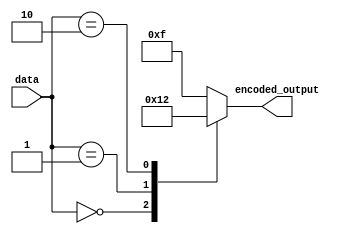
module encoder(input [7:0] data,
                  output reg [3:0] encoded_output);

   always @(*)
   begin
      case(data)
         8'b00000000: encoded_output = 4'b0000;
         8'b00000001: encoded_output = 4'b0001;
         8'b00000010: encoded_output = 4'b0010;
         // Add more cases for mapping input to encoded output
         default: encoded_output = 4'b1111;
      endcase
   end

endmodule